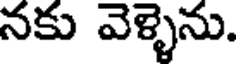
నకు వెళ్ళెను.